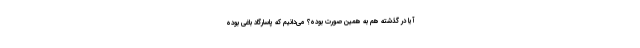
آیا در گذشته هم به همین صورت بوده؟ می‌دانیم که پاسارگاد باغی بوده